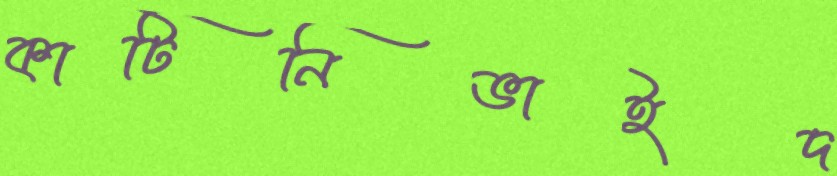
কাটিনিভাইদ